Report on the working of the Ranchi Indian Mental Hospital, Kanke, in Bihar and Orissa - 1930-1940
Year: 1930
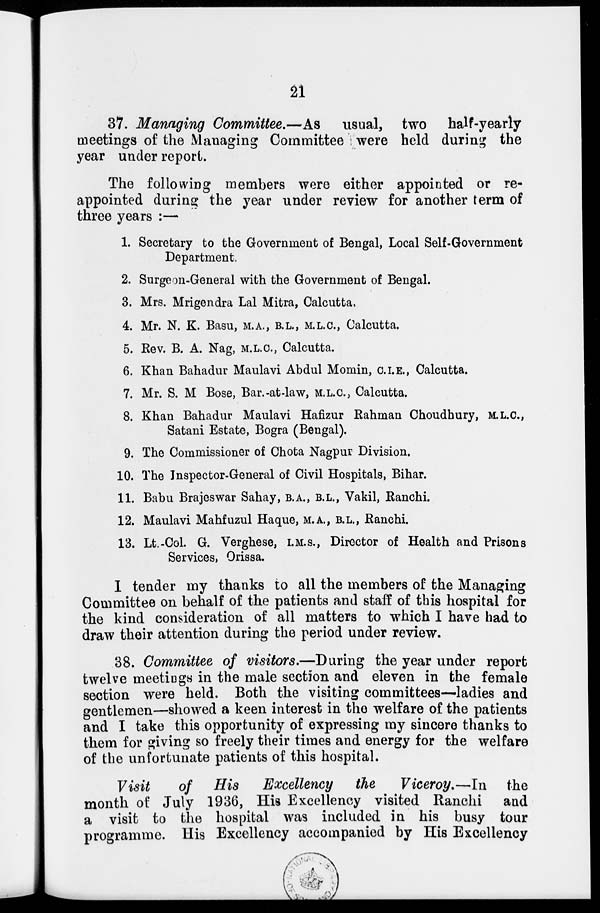
21
37. Managing Committee.—As usual, two half-yearly
meetings of the Managing Committee i were held during the
year under report.
The following members were either appointed or re-
appointed during the year under review for another term of
three years :—
1. Secretary to the Government of Bengal, Local Self-Government
Department.
2. Surgeon-General with the Government of Bengal.
3. Mrs. Mrigendra Lal Mitra, Calcutta.
4. Mr. N. K. Basu, M.A., B.L., M.L.C., Calcutta.
5. Rev. B. A. Nag, M.L.C., Calcutta.
6. Khan Bahadur Maulavi Abdul Momin, C.I.E., Calcutta.
7. Mr. S. M Bose, Bar.-at-law, M.L.C., Calcutta.
8. Khan Bahadur Maulavi Hafizur Rahman Choudhury, M.L.C.,
Satani Estate, Bogra (Bengal).
9. The Commissioner of Chota Nagpur Division.
10. The Inspector-General of Civil Hospitals, Bihar.
11. Babu Brajeswar Sahay, B.A., B.L., Vakil, Ranchi.
12. Maulavi Mahfuzul Haque, M.A., B.L., Ranchi.
13. Lt.-Col. G. Verghese, I.M.S., Director of Health and Prisons
Services, Orissa.
I tender my thanks to all the members of the Managing
Committee on behalf of the patients and staff of this hospital for
the kind consideration of all matters to which I have had to
draw their attention during the period under review.
38. Committee of visitors.—During the year under report
twelve meetings in the male section and eleven in the female
section were held. Both the visiting committees—ladies and
gentlemen—showed a keen interest in the welfare of the patients
and I take this opportunity of expressing my sincere thanks to
them for giving so freely their times and energy for the welfare
of the unfortunate patients of this hospital.
Visit
of His
Excellency
the
Viceroy.—In
the
month of July 1936, His Excellency visited Ranchi and
a visit to the hospital was included in his busy tour
programme. His Excellency accompanied by His Excellency